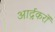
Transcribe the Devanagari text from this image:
आर्द्रकरों